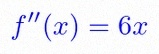
f''(x)=6x